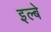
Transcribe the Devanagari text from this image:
इल्बे